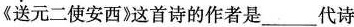
《送元二使安西》这首诗的作者是___代诗